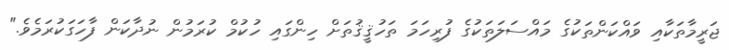
ޖަރީމާތަކާއި ވައްކަންތަކުގެ މައްސަލަތަކުގެ ފުރިހަމަ ތަހުޤީޤުތަށް ހިންގައި ހުކުމް ކުރަމުން ނުދާކަން ފާހަގަކުރަމެވެ."